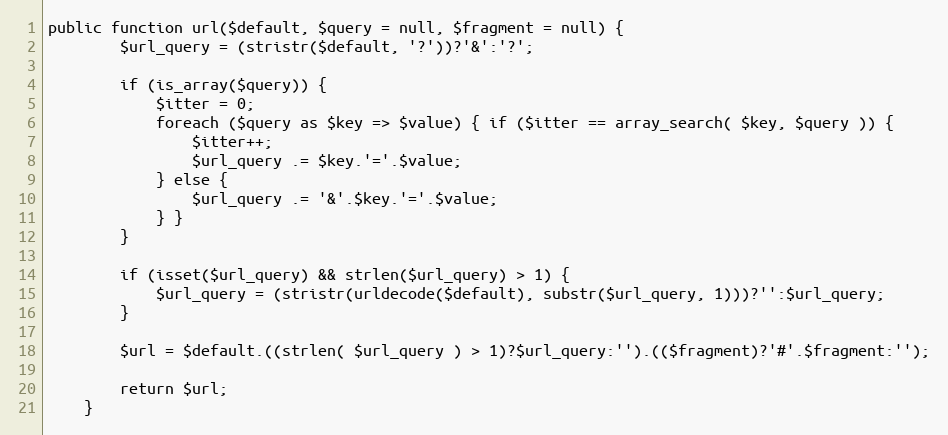
Language: PHP
public function url($default, $query = null, $fragment = null) {
		$url_query = (stristr($default, '?'))?'&':'?';

		if (is_array($query)) {
			$itter = 0;
			foreach ($query as $key => $value) { if ($itter == array_search( $key, $query )) {
				$itter++;
				$url_query .= $key.'='.$value;
			} else {
				$url_query .= '&'.$key.'='.$value;
			} }
		}

		if (isset($url_query) && strlen($url_query) > 1) {
			$url_query = (stristr(urldecode($default), substr($url_query, 1)))?'':$url_query;
		}

		$url = $default.((strlen( $url_query ) > 1)?$url_query:'').(($fragment)?'#'.$fragment:'');

		return $url;
	}